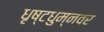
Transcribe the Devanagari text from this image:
धृष्टधुम्नवर